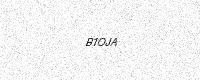
Text: B1OJA